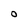
Character: O